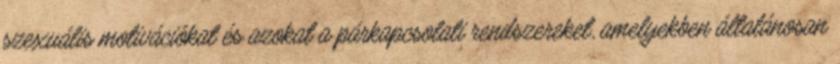
szexuális motivációkat és azokat a párkapcsolati rendszereket, amelyekben általánosan